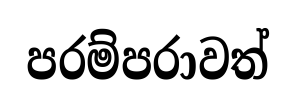
පරම්පරාවත්